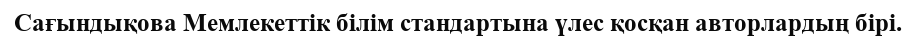
Сағындықова Мемлекеттік білім стандартына үлес қосқан авторлардың бірі.